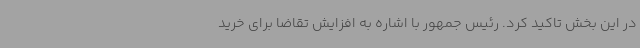
در این بخش تاکید کرد. رئیس جمهور با اشاره به افزایش تقاضا برای خرید